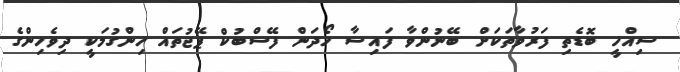
ސިއްހީ ބޮޑެތި ފަރުވާތަކަށް ބޭނުންވާ ފައިސާ ހޯދަން ފޭސްބުކް ޕޭޖުތައް ހިންގުމަކީ ދިވެހިންގެ